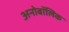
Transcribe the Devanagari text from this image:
अनोबॉलिक